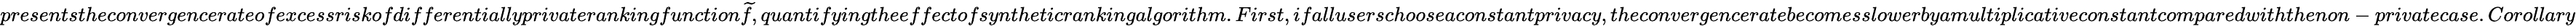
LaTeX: presentstheconvergencerateofexcessriskofdifferentiallyprivaterankingfunction\widetilde{f},quantifyingtheeffectofsyntheticrankingalgorithm.First,ifalluserschooseaconstantprivacy,theconvergenceratebecomesslowerbyamultiplicativeconstantcomparedwiththenon-privatecase.Corollary